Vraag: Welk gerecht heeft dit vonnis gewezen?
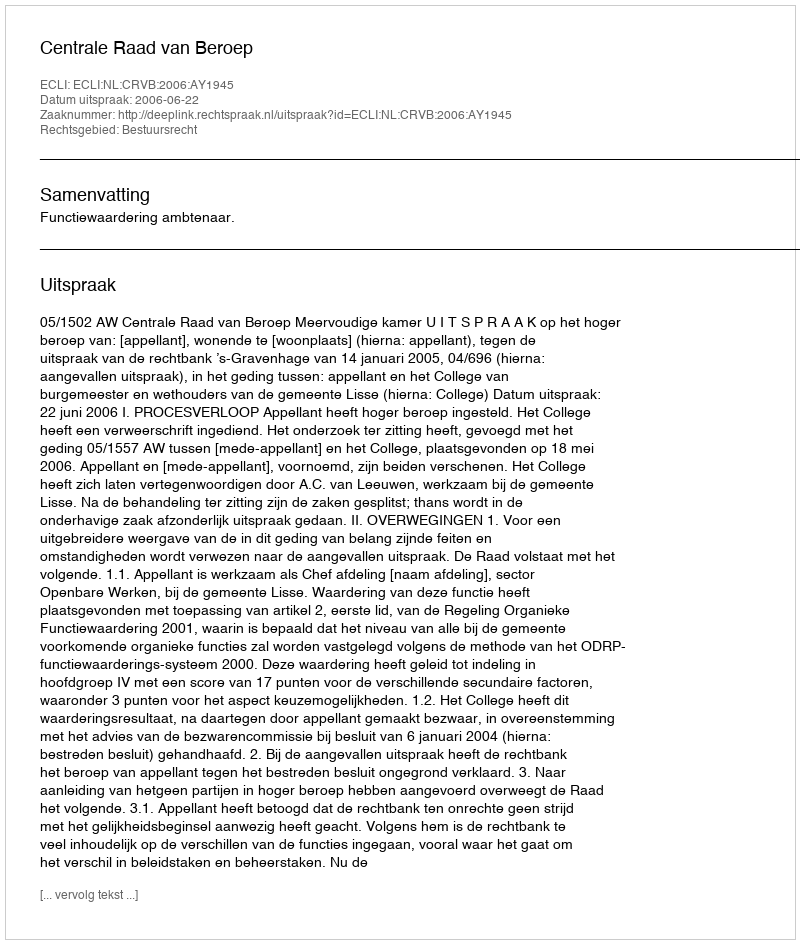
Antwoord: Centrale Raad van Beroep